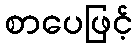
စာပေဖြင့်